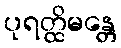
ပုရတ္ထိမန္တေ